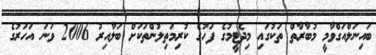
ބައިނަލްއަގްވާމީ މުބާރާތް ތަކުގައި މިދެޓީމުގެ ފަހުގެ ކުރިމަތިލުންތަކަށް ބަލާއިރު 2006 ވަނަ އަހަރުގެ